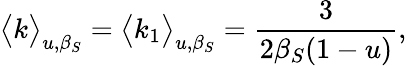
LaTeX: \big<k\big>_{u,\beta_{S}}=\big<k_{1}\big>_{u,\beta_{S}}=\frac{3}{2\beta_{S}(1-u)},